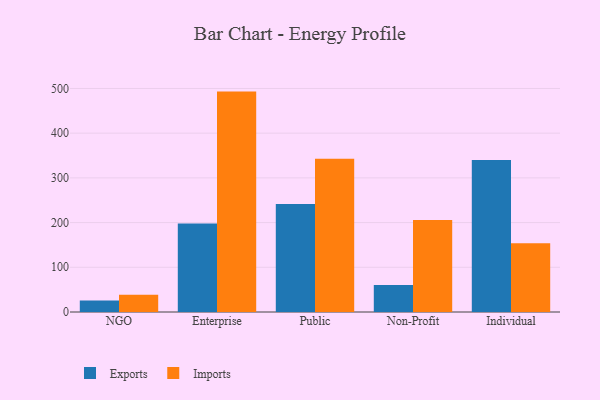
{"axis": {"x": "Segment", "y": "LTV (USD)"}, "legend": ["Exports", "Imports"], "data": [{"x": "NGO", "y": 25.5, "type": "Exports"}, {"x": "NGO", "y": 38.6, "type": "Imports"}, {"x": "Enterprise", "y": 197.7, "type": "Exports"}, {"x": "Enterprise", "y": 493.0, "type": "Imports"}, {"x": "Public", "y": 241.7, "type": "Exports"}, {"x": "Public", "y": 342.9, "type": "Imports"}, {"x": "Non-Profit", "y": 60.6, "type": "Exports"}, {"x": "Non-Profit", "y": 205.7, "type": "Imports"}, {"x": "Individual", "y": 340.2, "type": "Exports"}, {"x": "Individual", "y": 153.7, "type": "Imports"}]}